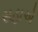
સહાએ